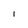
Character: I